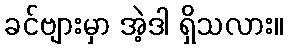
ခင်ဗျားမှာ အဲ့ဒါ ရှိသလား။